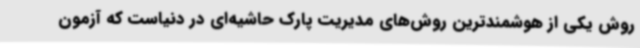
روش یکی از هوشمندترین روش‌های مدیریت پارک حاشیه‌ای در دنیاست که آزمون